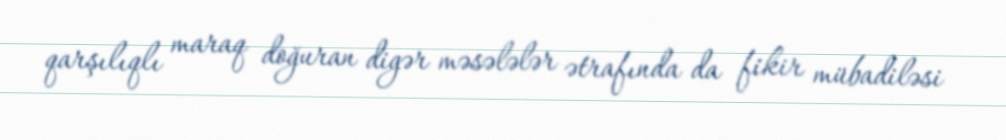
qarşılıqlı maraq doğuran digər məsələlər ətrafında da fikir mübadiləsi